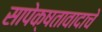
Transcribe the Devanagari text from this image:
सापेक्षतावादाचे